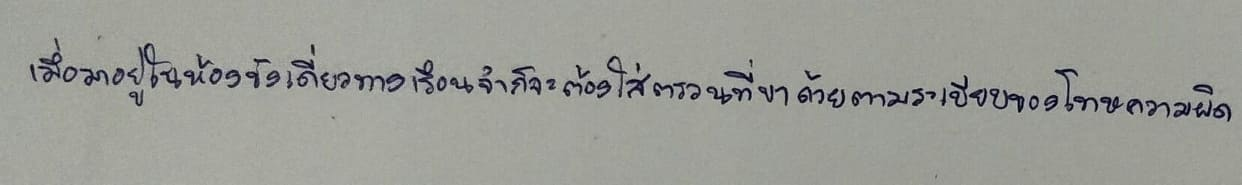
เมื่อมาอยู่ในห้องขังเดี่ยวทางเรือนจำก็จะต้องใส่ตรวนที่ขาด้วยตามระเบียบของโทษความผิด